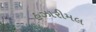
હઝારીમલ